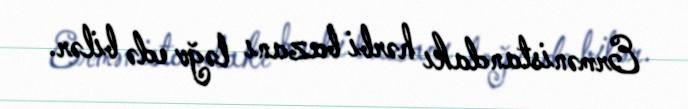
Ermənistandakı hərbi bazanı ləğv edə bilər.